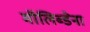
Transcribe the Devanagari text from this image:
मॉलिब्डेना